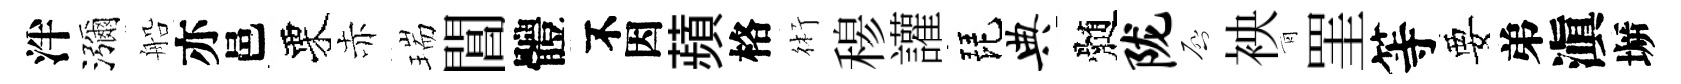
泮瀰船亦邑栗赤瑞閶體不因蘋格術𥠇讙琵典髄陇啓䘧青罣等要弟滇󶱲